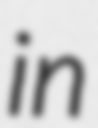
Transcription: in